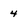
Character: 4